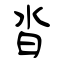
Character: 沓